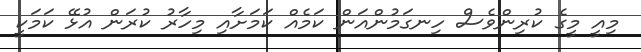
މިއީ މީގެ ކުރިންވެސް ހިނގަމުންއަން ކަމެއް ކަމަށާއި މިހާރު ކުރަން އުޅޭ ކަމަކީ